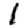
Digit: 1